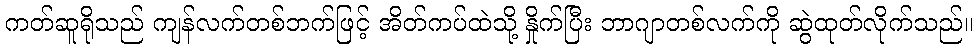
ကတ်ဆူရိုသည် ကျန်လက်တစ်ဘက်ဖြင့် အိတ်ကပ်ထဲသို့ နှိုက်ပြီး ဘာဂျာတစ်လက်ကို ဆွဲထုတ်လိုက်သည်။